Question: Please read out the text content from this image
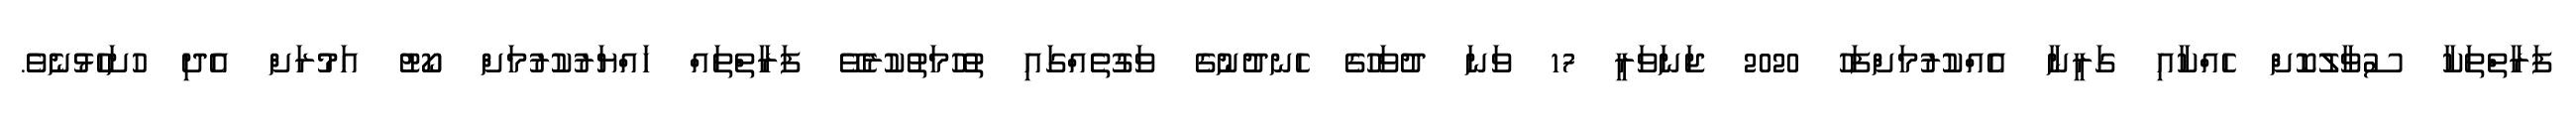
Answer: ފަރާތްތަކާ ސުވާލުކޮށް ހެއްކާއި ގަރީނާ އެއްކުރުމަށްފަހު 2020 ޖަނަވަރީ 17 ވަނަ ދުވަހުގެ ހެނދުނުގެ ވަގުތެއްގައި ތުހުމަތުކުރެވޭ ފަރާތްތައް ހައްޔަރުކުރުމަށް ކޯޓު އަމުރަށް އެދި ހުށަހެޅުނެވެ.